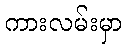
ကားလမ်းမှာ